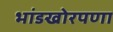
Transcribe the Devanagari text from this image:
भांडखोरपणा